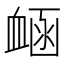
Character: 𧖾